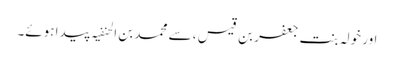
اور خولہ بنت جعفر بن قیس ، سے محمد بن الحنفیہ پیدا ہوئے۔